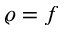
\varrho = f